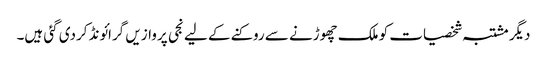
دیگر مشتبہ شخصیات کو ملک چھوڑنے سے روکنے کے لیے نجی پروازیں گرائونڈ کردی گئی ہیں۔